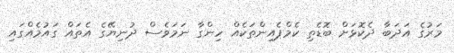
މަރުގެ އަދަބާ ދެކޮޅަށް ބޮޑެތި ކެމްޕެއިންތަކެއް ހިންގާ ނަމަވެސް ދުނިޔޭގެ އެތައް ގައުމެއްގައި